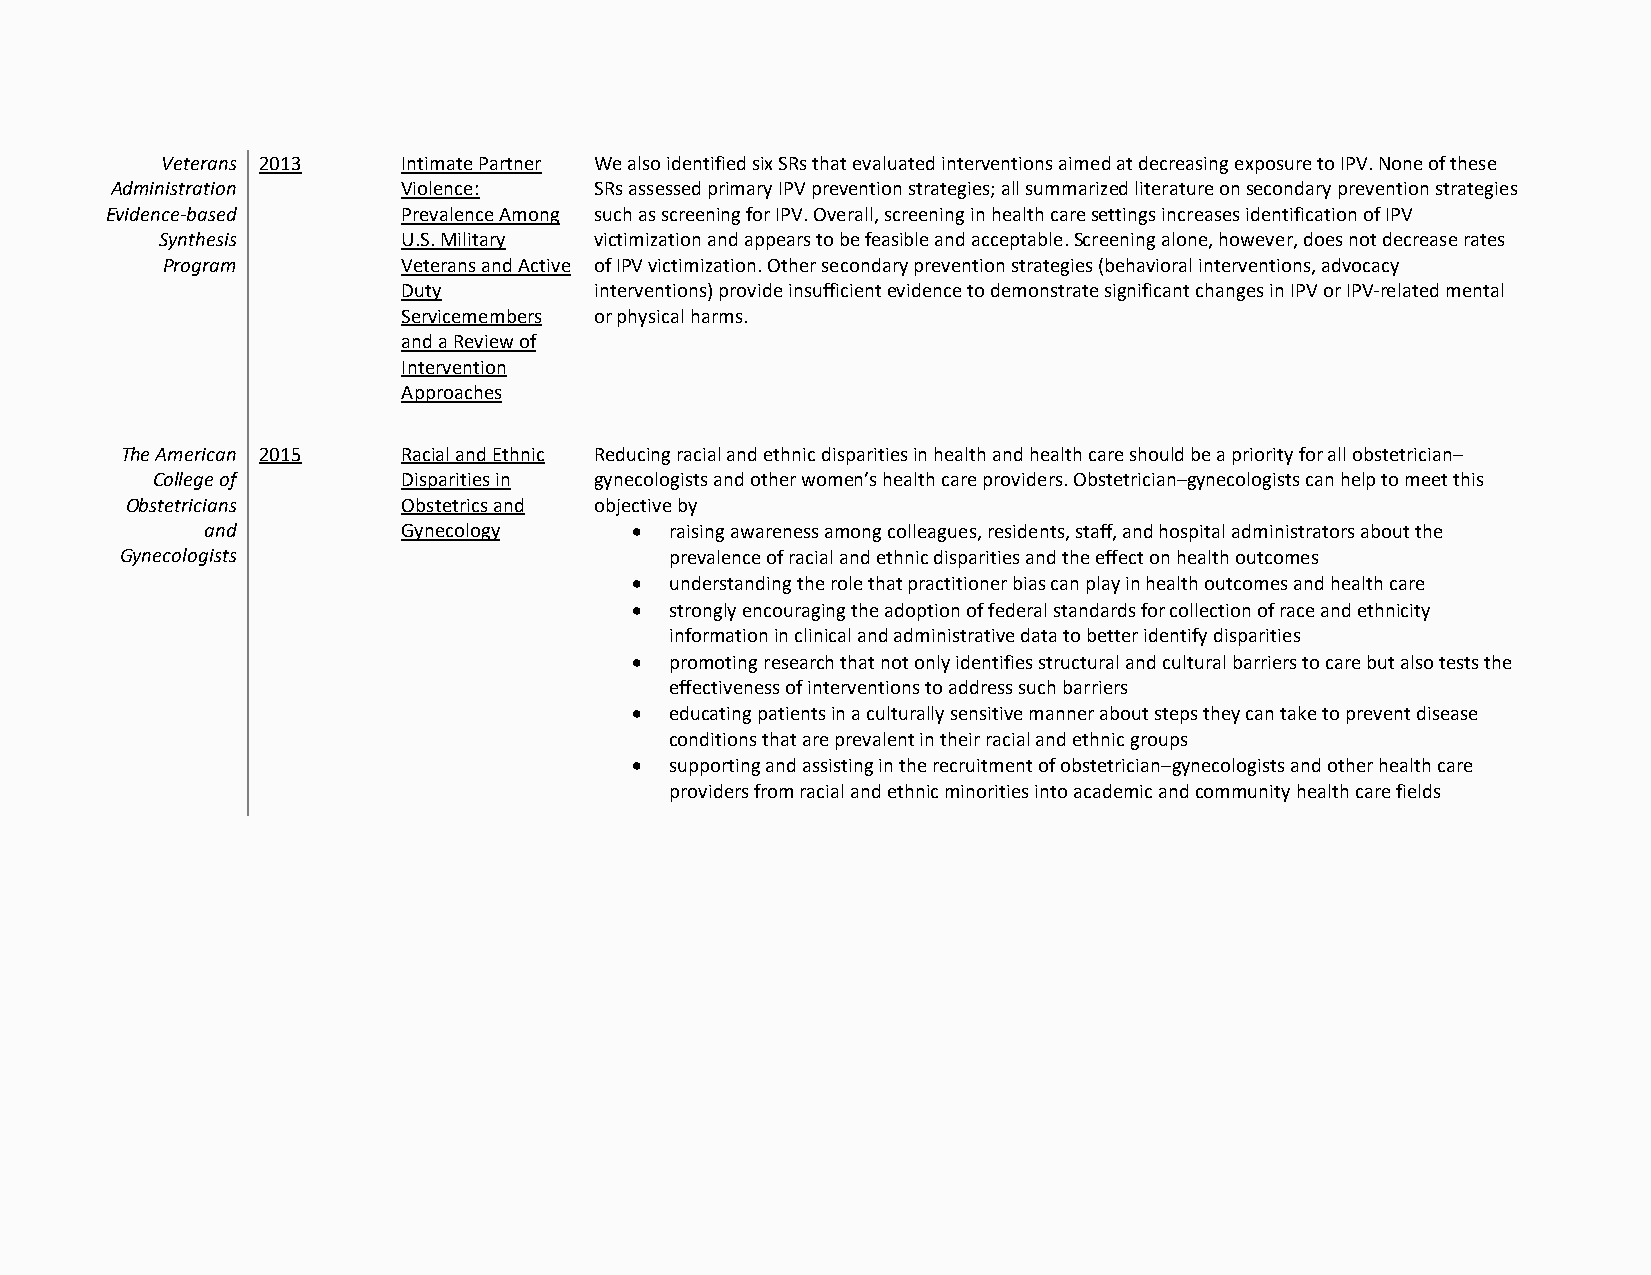
Veterans 2013   Intimate Partner We also identified six SRs that evaluated interventions aimed at decreasing exposure to IPV. None of these
 Administration      Violence:   SRs assessed primary IPV prevention strategies; all summarized literature on secondary prevention strategies
 Evidence-based      Prevalence Among such as screening for IPV. Overall, screening in health care settings increases identification of IPV
 Synthesis        U.S. Military victimization and appears to be feasible and acceptable. Screening alone, however, does not decrease rates
 Program         Veterans and Active of IPV victimization. Other secondary prevention strategies (behavioral interventions, advocacy
 Duty        interventions) provide insufficient evidence to demonstrate significant changes in IPV or IPV-related mental
 Servicemembers or physical harms.
 and a Review of
 Intervention
 Approaches
 The American 2015  Racial and Ethnic Reducing racial and ethnic disparities in health and health care should be a priority for all obstetrician–
 College of       Disparities in gynecologists and other women’s health care providers. Obstetrician–gynecologists can help to meet this
 Obstetricians      Obstetrics and objective by
 and          Gynecology     • raising awareness among colleagues, residents, staff, and hospital administrators about the
 Gynecologists                       prevalence of racial and ethnic disparities and the effect on health outcomes
 • understanding the role that practitioner bias can play in health outcomes and health care
 • strongly encouraging the adoption of federal standards for collection of race and ethnicity
 information in clinical and administrative data to better identify disparities
 • promoting research that not only identifies structural and cultural barriers to care but also tests the
 effectiveness of interventions to address such barriers
 • educating patients in a culturally sensitive manner about steps they can take to prevent disease
 conditions that are prevalent in their racial and ethnic groups
 • supporting and assisting in the recruitment of obstetrician–gynecologists and other health care
 providers from racial and ethnic minorities into academic and community health care fields